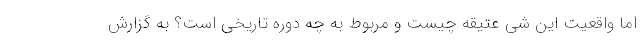
اما واقعیتِ این شی عتیقه چیست و مربوط به چه دوره تاریخی است؟ به گزارش